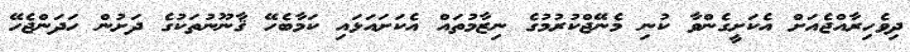
ދިވެހިރާއްޖެއަށް އެކަށީގެންވާ ކުނި މެނޭޖްކުރުމުގެ ނިޒާމުތައް އެކަށައަޅައި ކަމާބެހޭ ޤާނޫނުތަކުގެ ދަށުން ހަދަންޖެހޭ